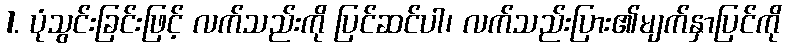
1. ပုံသွင်းခြင်းဖြင့် လက်သည်းကို ပြင်ဆင်ပါ၊ လက်သည်းပြား၏မျက်နှာပြင်ကို